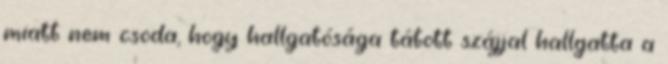
miatt nem csoda, hogy hallgatósága tátott szájjal hallgatta a